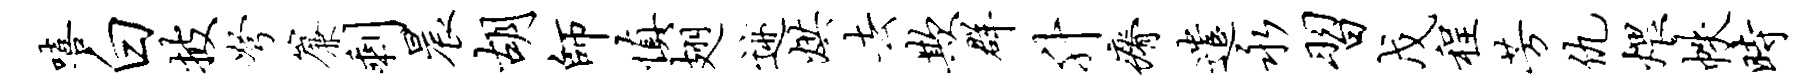
嘻白披弩帘剩晨胡师慎翅迹烘去欺群升瘠遣永习戊程芳仇煨帙时